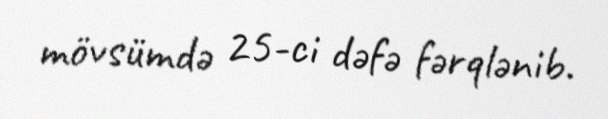
mövsümdə 25-ci dəfə fərqlənib.